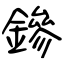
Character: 鏒